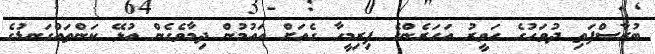
ބުރާސްފަތި ދުވަހުގެ ހަވީރު އަހަރެންގެ ފިރިމީހާ ގެއަށް އައުމުން ދިމާވެގެން އުޅޭ ކަންތައްގަނޑުގެ